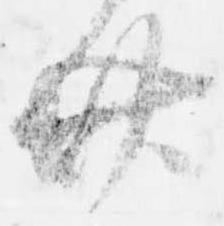
廿